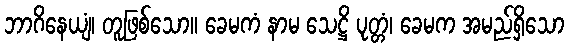
ဘာဂိနေယျံ၊ တူဖြစ်သော။ ခေမကံ နာမ သေဋ္ဌိ ပုတ္တံ၊ ခေမက အမည်ရှိသော